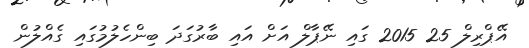
އޭޕްރިލް 25 2015 ގައި ނޭޕާލް އަށް އައި ބާރުގަދަ ބިންހެލުމުގައި ގެއްލުން